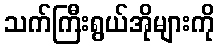
သက်ကြီးရွယ်အိုများကို